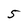
Character: 5